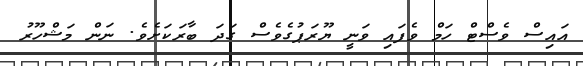
އައިސް ވެސްޓް ހަމް ވެފައި ވަނީ ޔޫރަޕުގެވެސް ގަދަ ބާރަކަށެވެ. ނަން މަޝްހޫރު